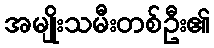
အမျိုးသမီးတစ်ဦး၏